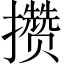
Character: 攒